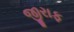
જીરાફ